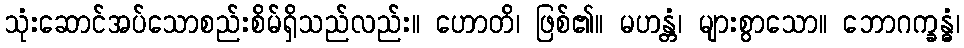
သုံးဆောင်အပ်သောစည်းစိမ်ရှိသည်လည်း။ ဟောတိ၊ ဖြစ်၏။ မဟန္တံ၊ များစွာသော။ ဘောဂက္ခန္ဓံ၊